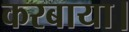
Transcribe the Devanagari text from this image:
करबाया।